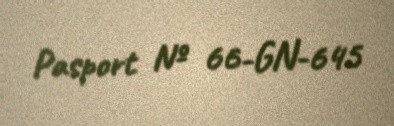
Pasport № 66-GN-645